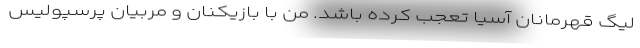
لیگ قهرمانان آسیا تعجب کرده باشد. من با بازیکنان و مربیان پرسپولیس